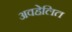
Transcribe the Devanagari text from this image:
अवहेलित